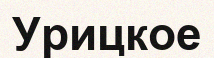
Урицкое